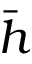
\Bar { h }